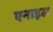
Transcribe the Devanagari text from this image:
एनाइल